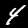
Digit: 4